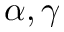
\alpha , \gamma